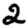
Digit: 2